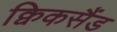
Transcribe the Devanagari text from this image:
क्विकसैंड